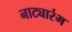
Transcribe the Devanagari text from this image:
नाट्यारंभ